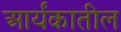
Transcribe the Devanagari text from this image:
आर्यंकातील